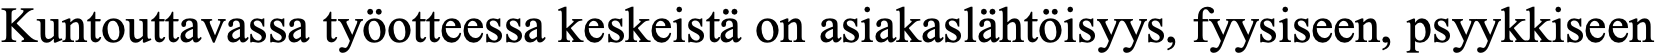
Kuntouttavassa työotteessa keskeistä on asiakaslähtöisyys, fyysiseen, psyykkiseen